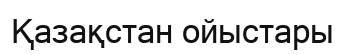
Қазақстан ойыстары